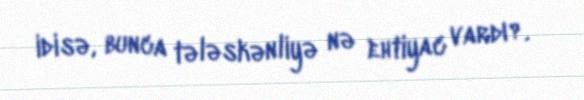
idisə, bunca tələskənliyə nə ehtiyac vardı?.